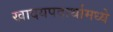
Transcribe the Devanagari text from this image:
खादयपदार्थामध्ये